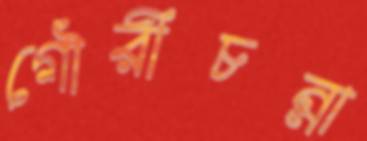
গৌরীচন্না